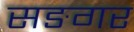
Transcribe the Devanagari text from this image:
सङगर